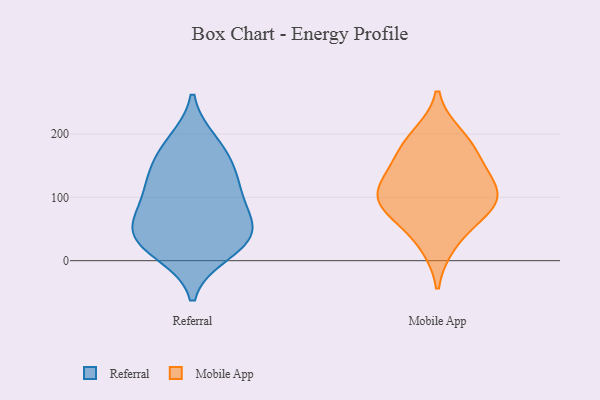
{"axis": {"x": "Customer Acquisition Cost (USD)", "y": "Value"}, "legend": ["Mobile App", "Referral"], "data": [{"x": "", "y": 123, "type": "Referral"}, {"x": "", "y": 186, "type": "Referral"}, {"x": "", "y": 13, "type": "Referral"}, {"x": "", "y": 33, "type": "Referral"}, {"x": "", "y": 114, "type": "Referral"}, {"x": "", "y": 173, "type": "Referral"}, {"x": "", "y": 67, "type": "Referral"}, {"x": "", "y": 28, "type": "Referral"}, {"x": "", "y": 51, "type": "Referral"}, {"x": "", "y": 43, "type": "Referral"}, {"x": "", "y": 89, "type": "Referral"}, {"x": "", "y": 144, "type": "Referral"}, {"x": "", "y": 91, "type": "Mobile App"}, {"x": "", "y": 87, "type": "Mobile App"}, {"x": "", "y": 117, "type": "Mobile App"}, {"x": "", "y": 26, "type": "Mobile App"}, {"x": "", "y": 159, "type": "Mobile App"}, {"x": "", "y": 130, "type": "Mobile App"}, {"x": "", "y": 102, "type": "Mobile App"}, {"x": "", "y": 180, "type": "Mobile App"}, {"x": "", "y": 197, "type": "Mobile App"}, {"x": "", "y": 70, "type": "Mobile App"}]}